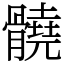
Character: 髐